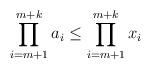
LaTeX: \begin{align*}\prod_{i=m+1}^{m+k} a_i \leq \prod_{i=m+1}^{m+k} x_i \end{align*}